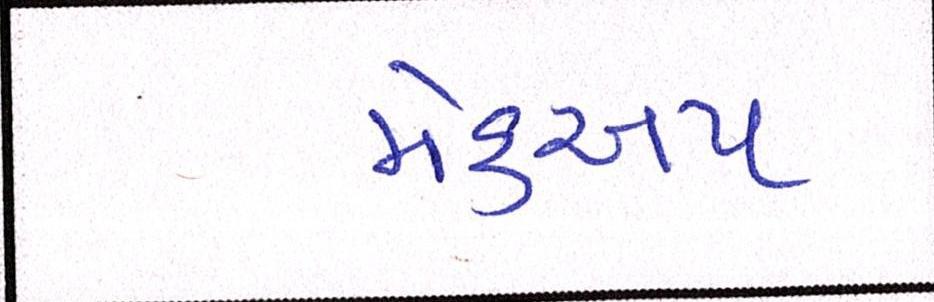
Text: મેકઅપ